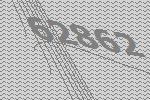
62862